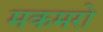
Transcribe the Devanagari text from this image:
मकमरो